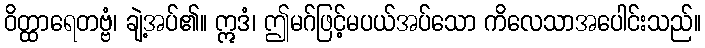
ဝိတ္ထာရေတဗ္ဗံ၊ ချဲ့အပ်၏။ ဣဒံ၊ ဤမဂ်ဖြင့်မပယ်အပ်သော ကိလေသာအပေါင်းသည်။